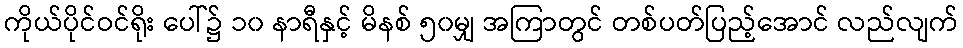
ကိုယ်ပိုင်ဝင်ရိုး ပေါ်၌ ၁၀ နာရီနှင့် မိနစ် ၅၀မျှ အကြာတွင် တစ်ပတ်ပြည့်အောင် လည်လျက်